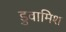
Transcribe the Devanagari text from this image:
डुवामिश